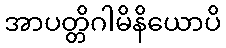
အာပတ္တိဂါမိနိယောပိ